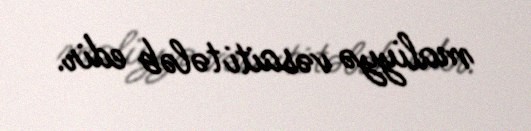
maliyyə vəsaiti tələb edir.